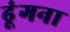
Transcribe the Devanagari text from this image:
ढूंगना